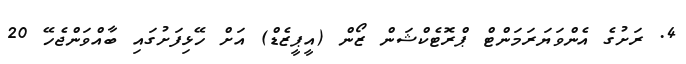
4. ރަށުގެ އެންވަޔަރަމަންޓް ޕްރޮޓެކްޝަން ޒޯން (އީޕީޒެޑް) އަށް ހޭޅިފަށުގައި ބާއްވަންޖެހޭ 20